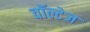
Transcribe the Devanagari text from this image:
वॉल्टेज